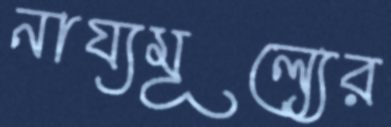
নায্যমূল্যের